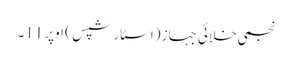
نجمی خلائی جہاز (اسٹار شپس ) اوپر 11۔